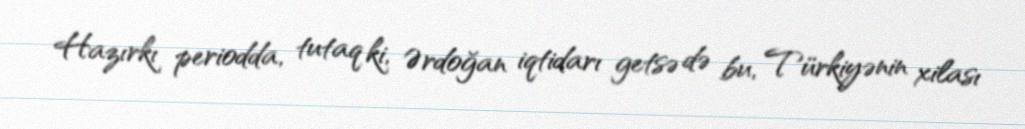
Hazırkı periodda, tutaq ki, Ərdoğan iqtidarı getsə də bu, Türkiyənin xilası